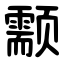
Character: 颥